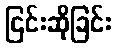
ငြင်းဆိုခြင်း